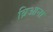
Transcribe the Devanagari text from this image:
ब्रिआना